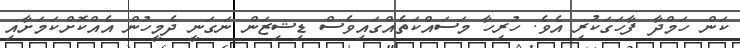
ކަން ހަމްދާ ފާހަގަކުރި އެވެ. ހުރިހާ މަސައްކަތެއްގައިވެސް ޑިޝިޒަން ނަގަނީ ދެމީހުން އެއްކޮށްކަމަށާއި